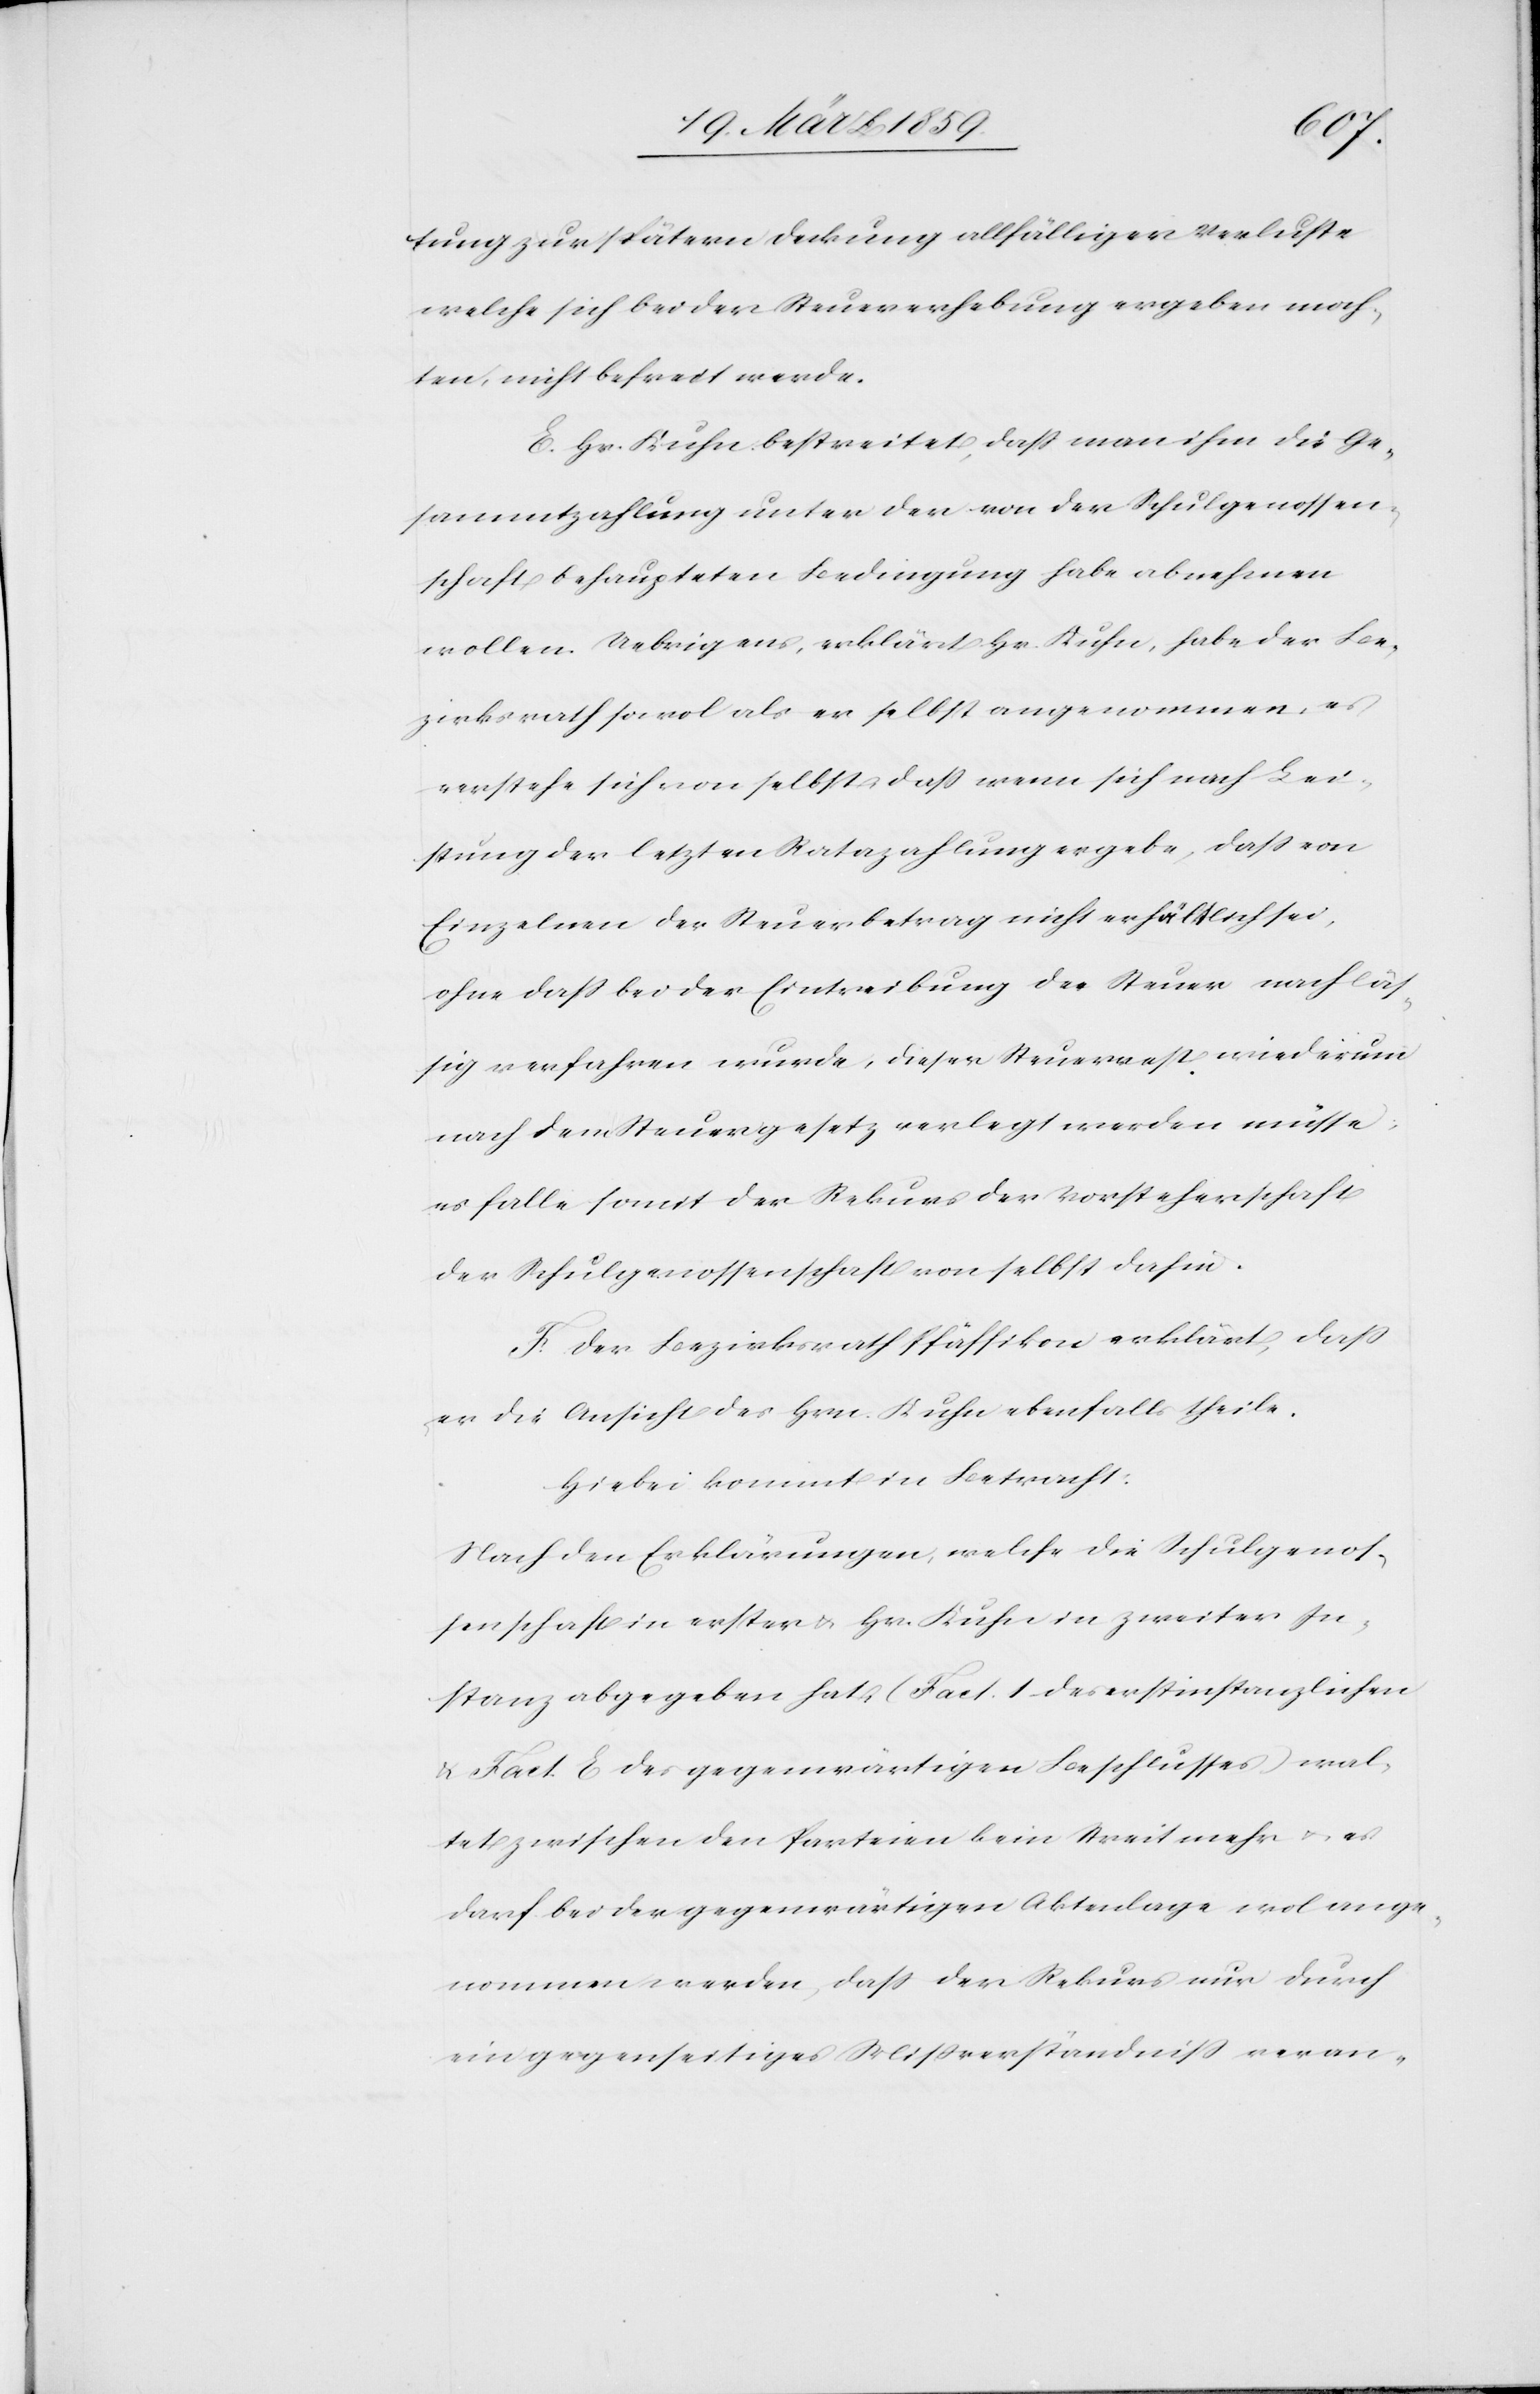
tung zur spätern Deckung allfälliger Verluste
welche sich bei der Steuererhebung ergeben moch¬
ten, nicht befreit werde.
E. Hr. Kuhn bestreitet, daß man ihm die Ge¬
sammtzahlung unter den von der Schulgenossen¬
schaft behaupteten Bedingung habe abnehmen
wollen. Uebrigens, erklärt Hr Kuhn, habe der Be¬
zirksrath sowol als er selbst angenommen, es
verstehe sich von selbst, daß wenn sich nach Lei¬
stung der letzten Ratazahlung ergebe, daß von
Einzelnen der Steuerbetrag nicht erhältlich sei,
ohne daß bei der Eintreibung der Steuer nachläs¬
sig verfahren wurde; dieser Steuerrest wiederum
nach dem Steuergesetz verlegt werden müsse;
es falle somit der Rekurs der Vorsteherschaft
der Schulgenossenschaft von selbst dahin.
F. Der Bezirksrath Pfäffikon erklärt, daß
er die Ansicht des Hrn. Kuhn ebenfalls theile.
Hiebei kommt in Betracht:
Nach den Erklärungen, welche die Schulgenos¬
senschaft in erster u. Hr. Kuhn in zweiter In¬
stanz abgegeben hat, (Fact. 1 des erstinstanzlichen
& Fact. E des gegenwärtigen Beschlusses) wal¬
tet zwischen den Parteien kein Streit mehr u. es
darf bei der gegenwärtigen Aktenlage wol ange¬
nommen werden, daß der Rekurs nur durch
ein gegenseitiges Mißverständniß veran-